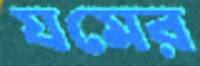
যমের